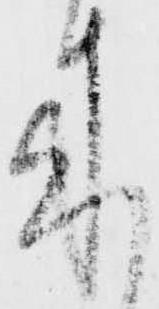
来